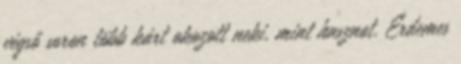
végső soron több kárt okozott neki, mint hasznot. Érdemes